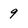
Character: 9